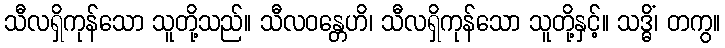
သီလရှိကုန်သော သူတို့သည်။ သီလဝန္တေဟိ၊ သီလရှိကုန်သော သူတို့နှင့်။ သဒ္ဓိံ၊ တကွ။